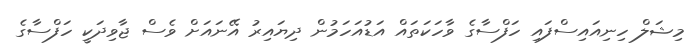
މިޝަލް ހިނިއައިސްފައި ހަފްސާގެ ވާހަކަތައް އަޑުއަހަމުން ދިޔައިރު އޭނައަށް ވެސް ޖާވިދަކީ ހަފްސާގެ